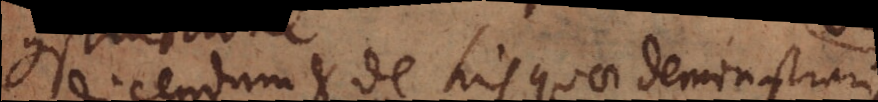
Dicendum et de his quae demonstrari